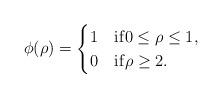
LaTeX: \begin{align*}\phi(\rho) =\begin{cases}1 & \mathrm{if} 0 \leq \rho \leq 1,\\0 & \mathrm{if} \rho \geq 2.\end{cases}\end{align*}